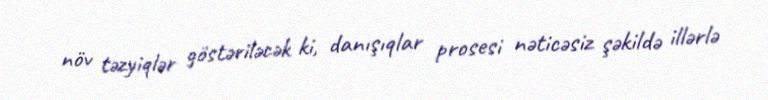
növ təzyiqlər göstəriləcək ki, danışıqlar prosesi nəticəsiz şəkildə illərlə